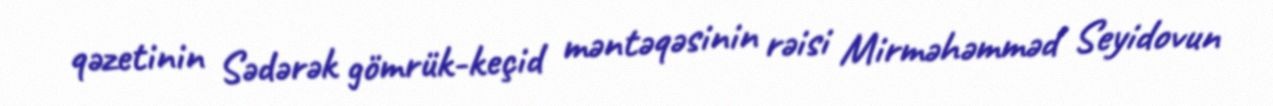
qəzetinin Sədərək gömrük-keçid məntəqəsinin rəisi Mirməhəmməd Seyidovun